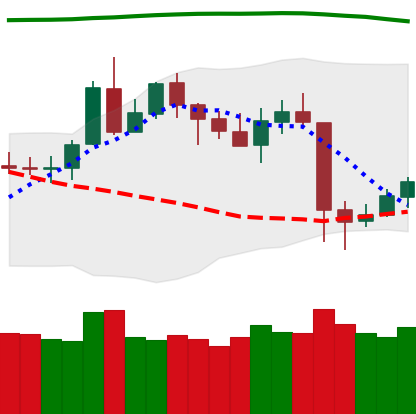
Ticker: LTC-USD
Chart end date: 2020-05-14
Forward return: 3.273%
Label: up_3_5